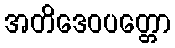
အတိဒေဝပတ္တော